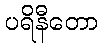
ပရိနီတော